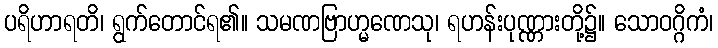
ပရိဟာရတိ၊ ရွက်တောင်ရ၏။ သမဏဗြာဟ္မဏေသု၊ ရဟန်းပုဏ္ဏားတို့၌။ သောဝဂ္ဂိကံ၊